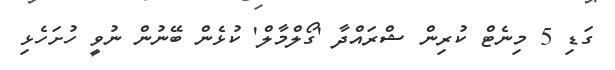
ގަޑި 5 މިނެޓް ކުރިން ޝްރައްދާ 'ގޯލްމާލް' ކުޅެން ބޭނުން ނުވީ ހުށަހެޅި